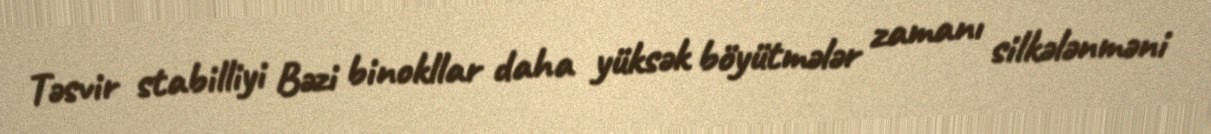
Təsvir stabilliyi Bəzi binokllar daha yüksək böyütmələr zamanı silkələnməni